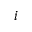
i